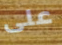
على